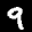
Label: 9